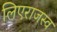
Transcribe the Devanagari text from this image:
लिएराजस्व